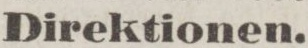
Direktionen.